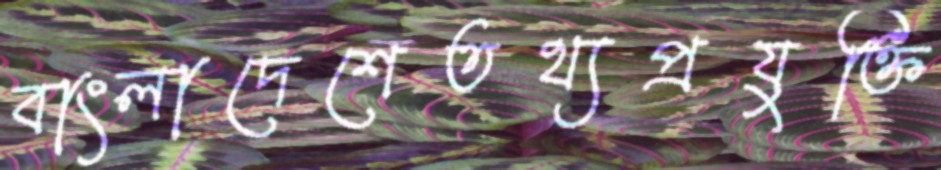
বাংলাদেশেতথ্যপ্রযুক্তি